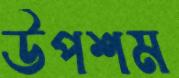
উপশম